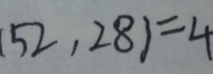
( 5 2 , 2 8 ) = 4